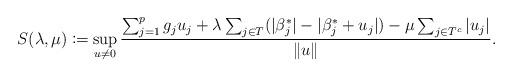
LaTeX: \begin{align*} S(\lambda,\mu) \coloneqq \sup_{u\ne 0} \frac{ \sum_{j=1}^p g_j u_j +\lambda\sum_{j\in T}(|\beta^*_j| - |\beta^*_j + u_j|) - \mu \sum_{j\in T^c}|u_j| }{ \|u\| }.\end{align*}